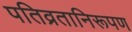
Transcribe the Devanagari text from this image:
पतिव्रतानिरूपण